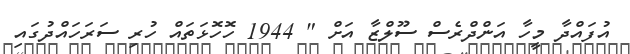
އުފައްދާ މީހާ އަންދްރެސް ސޫލްޒާ އަށް " 1944 ހޮހޮޅަތައް ހުރި ސަރަހައްދުގައި